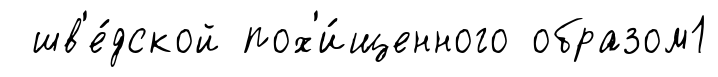
шв'е́дской пох'и́щенного образом1